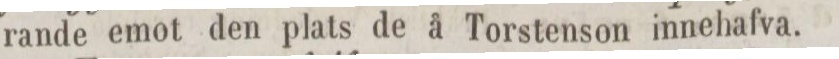
rande emot den plats de å Torstenson innehafva.